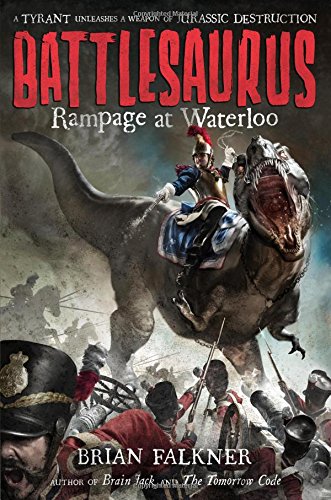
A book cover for Battlesaurus: Rampage at Waterloo; Brian Falkner; Teen & Young Adult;